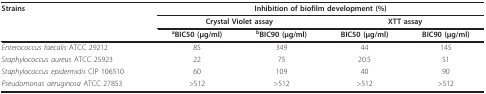
<table><thead><tr><td><b>Strains</b></td><td colspan="4"><b>Inhibition of biofilm development (%)</b></td></tr><tr><td></td><td colspan="2"><b>Crystal Violet assay</b></td><td colspan="2"><b>XTT assay</b></td></tr><tr><td></td><td><b><sup>a</sup>BIC50 (μg/ml)</b></td><td><b><sup>b</sup>BIC90 (μg/ml)</b></td><td><b>BIC50 (μg/ml)</b></td><td><b>BIC90 (μg/ml)</b></td></tr></thead><tbody><tr><td><i>Enterococcus faecalis </i>ATCC 29212</td><td>85</td><td>349</td><td>44</td><td>145</td></tr><tr><td><i>Staphylococcus aureus </i>ATCC 25923</td><td>22</td><td>75</td><td>20.5</td><td>51</td></tr><tr><td><i>Staphylococcus epidermidis </i>CIP 106510</td><td>60</td><td>109</td><td>40</td><td>90</td></tr><tr><td><i>Pseudomonas aeruginosa </i>ATCC 27853</td><td>&gt;512</td><td>&gt;512</td><td>&gt;512</td><td>&gt;512</td></tr></tbody></table>